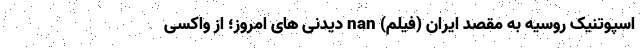
اسپوتنیک روسیه به مقصد ایران (فیلم) nan دیدنی های امروز؛ از واکسی